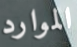
الموارد